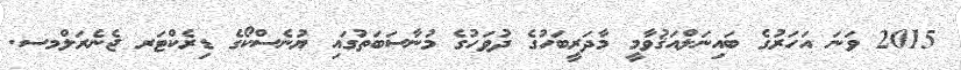
2015 ވަނަ އަހަރުގެ ބައިނަލްއަޤުވާމީ މާދަރީބަހުގެ ދުވަހުގެ މުނާސަބަތުގައި ޔުނެސްކޯގެ ޑިރެކްޓަރ ޖެނެރަލްމސ.